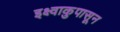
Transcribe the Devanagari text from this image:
इक्ष्वाकुपासून